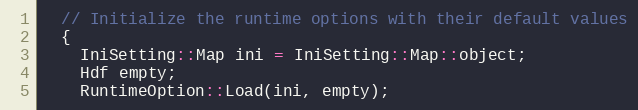
Language: C++
  // Initialize the runtime options with their default values
  {
    IniSetting::Map ini = IniSetting::Map::object;
    Hdf empty;
    RuntimeOption::Load(ini, empty);